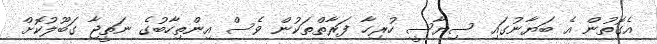
އެގޮތުން އެ ބަޔާނުގައި ސިޔާސީ ހުރިހާ ފަރާތްތަކުން ވެސް އިންތިހާބުގެ ނަތީޖާ ގަބޫލުކޮށް